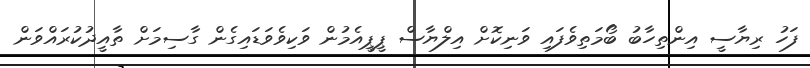
ފަހު ރިޔާސީ އިންތިހާބު ބޯމަތިވެފައި ވަނިކޮށް އިލްޔާސް ޕީޕީއެމުން ވަކިވެވަޑައިގެން ގާސިމަށް ތާއީދުކުރައްވަން